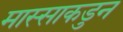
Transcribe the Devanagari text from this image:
मास्साकडुन